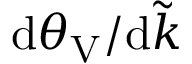
\mathrm { d } \theta _ { \mathrm { V } } / \mathrm { d } \tilde { k }